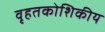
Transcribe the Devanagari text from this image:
वृहतकोशिकीय